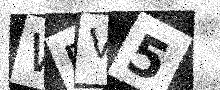
Text: WRV5